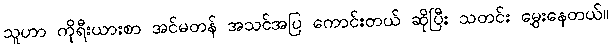
သူဟာ ကိုရီးယားစာ အင်မတန် အသင်အပြ ကောင်းတယ် ဆိုပြီး သတင်း မွှေးနေတယ်။